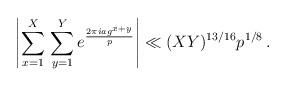
LaTeX: \begin{align*} \left| \sum_{x=1}^X\, \sum_{y=1}^Y e^{\frac{2\pi i a g^{x+y}}{p}} \right| \ll (XY)^{13/16} p^{1/8} \,.\end{align*}